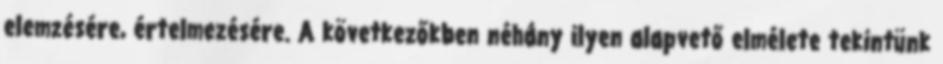
elemzésére, értelmezésére. A következőkben néhány ilyen alapvető elmélete tekintünk